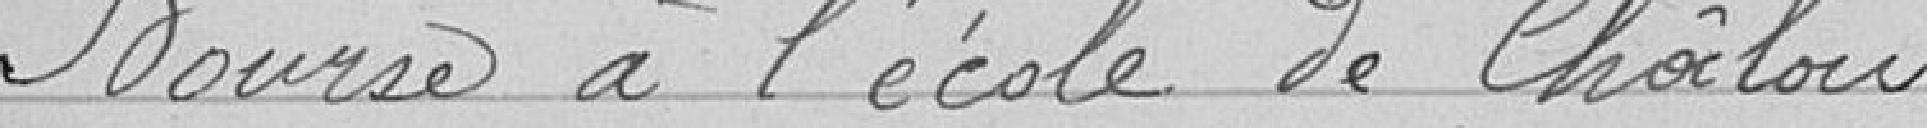
Bourse à l'école de Châlons